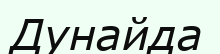
Дунайда